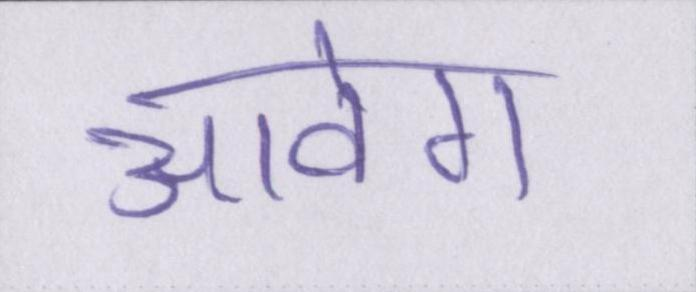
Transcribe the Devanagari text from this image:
आवेग